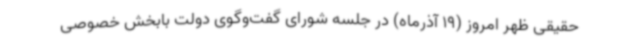
حقیقی ظهر امروز (19 آذرماه) در جلسه شورای گفت‌وگوی دولت بابخش خصوصی